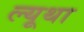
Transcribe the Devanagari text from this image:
ल्यूथा